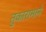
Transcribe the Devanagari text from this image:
तुकारामाने